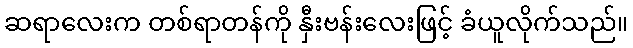
ဆရာလေးက တစ်ရာတန်ကို နှီးဗန်းလေးဖြင့် ခံယူလိုက်သည်။